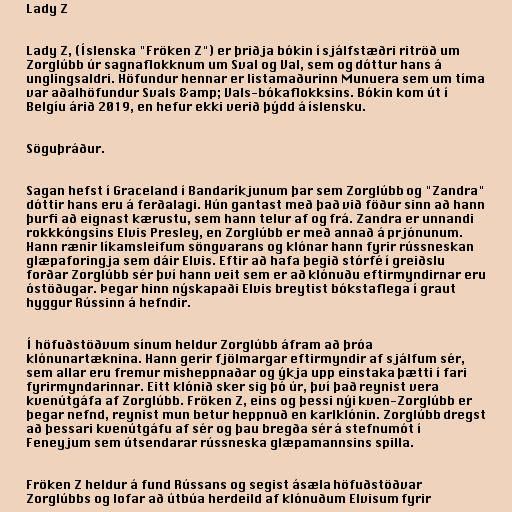
Lady Z

Lady Z, (Íslenska "Fröken Z") er þriðja bókin í sjálfstæðri ritröð um
Zorglúbb úr sagnaflokknum um Sval og Val, sem og dóttur hans á
unglingsaldri. Höfundur hennar er listamaðurinn Munuera sem um tíma
var aðalhöfundur Svals &amp; Vals-bókaflokksins. Bókin kom út í
Belgíu árið 2019, en hefur ekki verið þýdd á íslensku.

Söguþráður.

Sagan hefst í Graceland í Bandaríkjunum þar sem Zorglúbb og "Zandra"
dóttir hans eru á ferðalagi. Hún gantast með það við föður sinn að hann
þurfi að eignast kærustu, sem hann telur af og frá. Zandra er unnandi
rokkkóngsins Elvis Presley, en Zorglúbb er með annað á prjónunum.
Hann rænir líkamsleifum söngvarans og klónar hann fyrir rússneskan
glæpaforingja sem dáir Elvis. Eftir að hafa þegið stórfé í greiðslu
forðar Zorglúbb sér því hann veit sem er að klónuðu eftirmyndirnar eru
óstöðugar. Þegar hinn nýskapaði Elvis breytist bókstaflega í graut
hyggur Rússinn á hefndir.

Í höfuðstöðvum sínum heldur Zorglúbb áfram að þróa
klónunartæknina. Hann gerir fjölmargar eftirmyndir af sjálfum sér,
sem allar eru fremur misheppnaðar og ýkja upp einstaka þætti í fari
fyrirmyndarinnar. Eitt klónið sker sig þó úr, því það reynist vera
kvenútgáfa af Zorglúbb. Fröken Z, eins og þessi nýi kven-Zorglúbb er
þegar nefnd, reynist mun betur heppnuð en karlklónin. Zorglúbb dregst
að þessari kvenútgáfu af sér og þau bregða sér á stefnumót í
Feneyjum sem útsendarar rússneska glæpamannsins spilla.

Fröken Z heldur á fund Rússans og segist ásæla höfuðstöðvar
Zorglúbbs og lofar að útbúa herdeild af klónuðum Elvisum fyrir